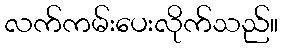
လက်ကမ်းပေးလိုက်သည်။